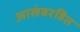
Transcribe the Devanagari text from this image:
आलंबरहित